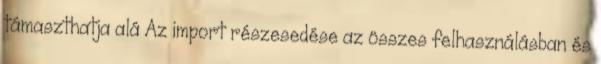
támaszthatja alá Az import részesedése az összes felhasználásban és